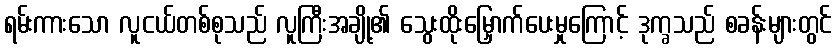
ရမ်းကားသော လူငယ်တစ်စုသည် လူကြီးအချို့၏ သွေးထိုးမြှောက်ပေးမှုကြောင့် ဒုက္ခသည် စခန်းများတွင်